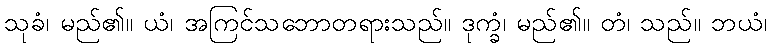
သုခံ၊ မည်၏။ ယံ၊ အကြင်သဘောတရားသည်။ ဒုက္ခံ၊ မည်၏။ တံ၊ သည်။ ဘယံ၊